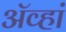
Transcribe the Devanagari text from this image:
ॲव्हां